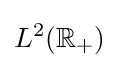
L^{2}(\mathbb {R} _{+})